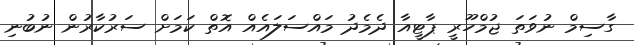
ގާސިމް ނުވަތަ ޖުމްހޫރީ ޕާޓީއާ ދެމެދު މައްސަލައެއް އޮތް ކަމަށް ސަރުކާރުން ނުބުނި